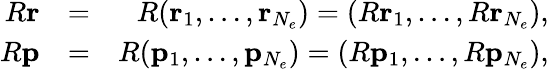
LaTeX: \begin{array}{rlr}{R{\mathbf{r}}}&{=}&{R({\mathbf{r}}_{1},\ldots,{\mathbf{r}}_{N_{e}})=(R{\mathbf{r}}_{1},\ldots,R{\mathbf{r}}_{N_{e}}),}\\ {R{\mathbf{p}}}&{=}&{R({\mathbf{p}}_{1},\ldots,{\mathbf{p}}_{N_{e}})=(R{\mathbf{p}}_{1},\ldots,R{\mathbf{p}}_{N_{e}}),}\end{array}